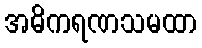
အဓိကရဏသမထာ